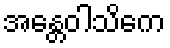
အန္တေဝါသိကေ